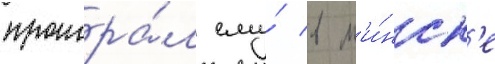
проигра́л ему́ в м'и́нск'е